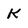
Character: k